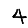
Digit: 4